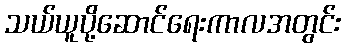
သယ်ယူပို့ဆောင်ရေးကာလအတွင်း